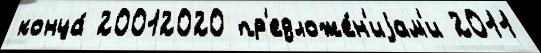
конца́ 20012020 пр'едложе́н'иjам'и 2011